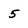
Character: 5